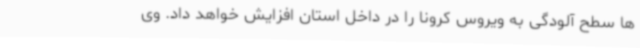
ها سطح آلودگی به ویروس کرونا را در داخل استان افزایش خواهد داد. وی